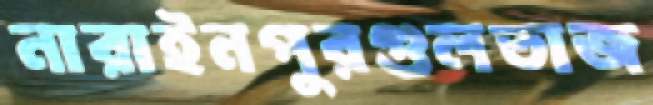
নারাইনপুরগুলতাজ